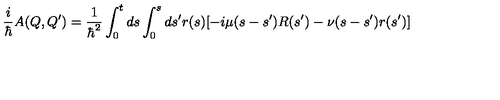
\frac { i } { \hbar } A ( Q , Q ^ { \prime } ) = \frac { 1 } { \hbar ^ { 2 } } \int _ { 0 } ^ { t } d s \int _ { 0 } ^ { s } d s ^ { \prime } r ( s ) [ - i \mu ( s - s ^ { \prime } ) R ( s ^ { \prime } ) - \nu ( s - s ^ { \prime } ) r ( s ^ { \prime } ) ]